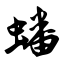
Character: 蟠